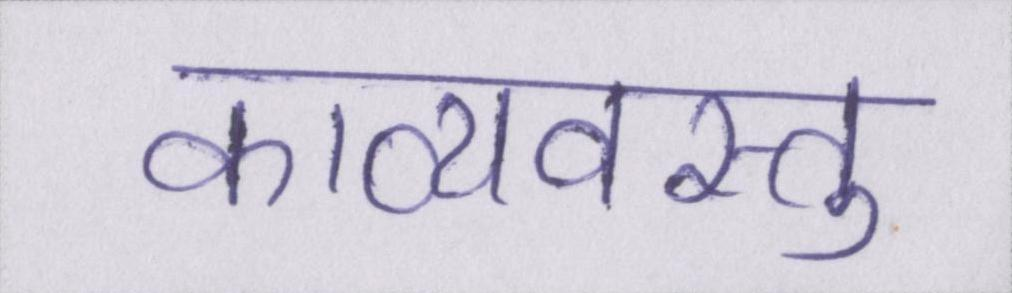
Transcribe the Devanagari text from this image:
काव्यवस्तु